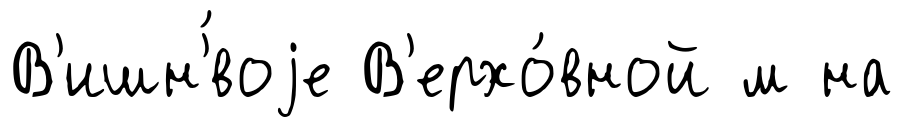
В'ишн'́воjе В'ерхо́вной м на